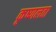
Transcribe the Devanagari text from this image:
कृष्णलता